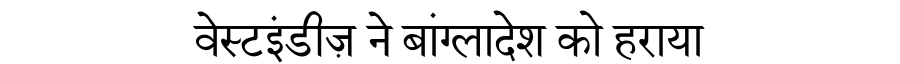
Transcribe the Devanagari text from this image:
वेस्टइंडीज़ ने बांग्लादेश को हराया